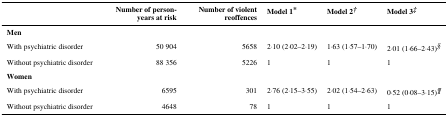
<table><thead><tr><td></td><td><b>Number of person-years at risk</b></td><td><b>Number of violent reoffences</b></td><td><b>Model 1*</b></td><td><b>Model 2†</b></td><td><b>Model 3‡</b></td></tr></thead><tbody><tr><td><b>Men</b></td><td></td><td></td><td></td><td></td><td></td></tr><tr><td>With psychiatric disorder</td><td>50 904</td><td>5658</td><td>2·10 (2·02–2·19)</td><td>1·63 (1·57–1·70)</td><td>2·01 (1·66–2·43)§</td></tr><tr><td>Without psychiatric disorder</td><td>88 356</td><td>5226</td><td>1</td><td>1</td><td>1</td></tr><tr><td><b>Women</b></td><td></td><td></td><td></td><td></td><td></td></tr><tr><td>With psychiatric disorder</td><td>6595</td><td>301</td><td>2·76 (2·15–3·55)</td><td>2·02 (1·54–2·63)</td><td>0·52 (0·08–3·15)¶</td></tr><tr><td>Without psychiatric disorder</td><td>4648</td><td>78</td><td>1</td><td>1</td><td>1</td></tr></tbody></table>